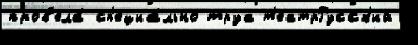
пров'ела́ сп'ециа́льно труа т'еатрРусск'ий